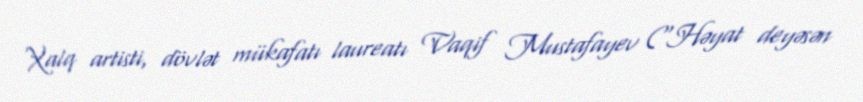
Xalq artisti, dövlət mükafatı laureatı Vaqif Mustafayev (“Həyat deyəsən